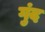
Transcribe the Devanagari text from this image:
गुंद